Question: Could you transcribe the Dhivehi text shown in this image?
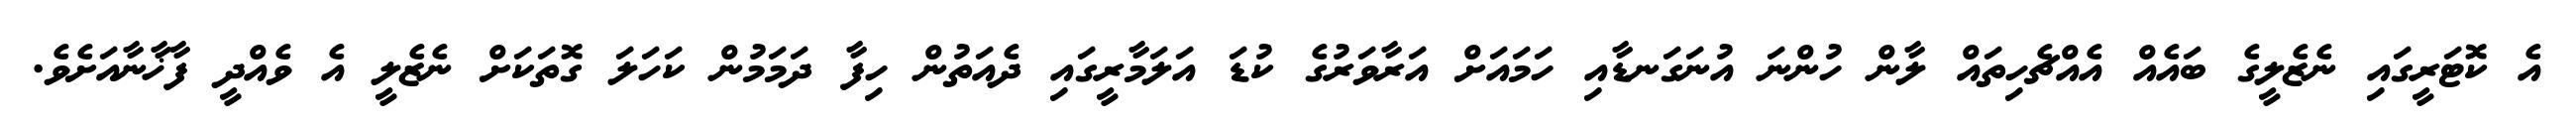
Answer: އެ ކޮޓަރީގައި ނެޒެލީގެ ބައެއް އެއްޗެހިތައް ލާން ހުންނަ އުނަގަނޑާއި ހަމައަށް އަރާވަރުގެ ކުޑަ އަލަމާރީގައި ދެއަތުން ހިފާ ދަމަމުން ކަހަލަ ގޮތަކަށް ނެޒެލީ އެ ވެއްދީ ފާޚާނާއަށެވެ.